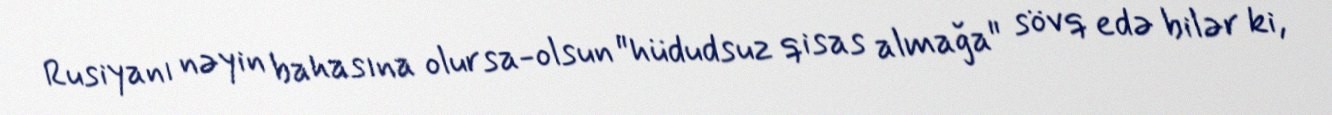
Rusiyanı nəyin bahasına olursa-olsun "hüdudsuz qisas almağa" sövq edə bilər ki,